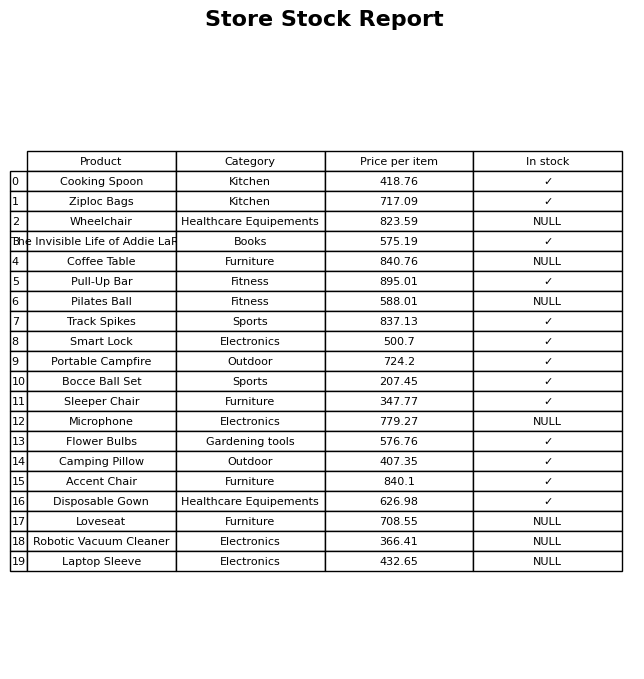
question: Is the Coffee Table in stock?
answer: NULL